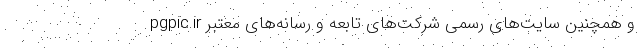
pgpic.ir و همچنین سایت‌های رسمی شرکت‌های تابعه و رسانه‌های معتبر